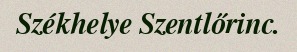
Székhelye Szentlőrinc.